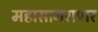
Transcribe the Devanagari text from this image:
महासागरापार